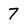
Character: 7